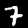
Digit: 7